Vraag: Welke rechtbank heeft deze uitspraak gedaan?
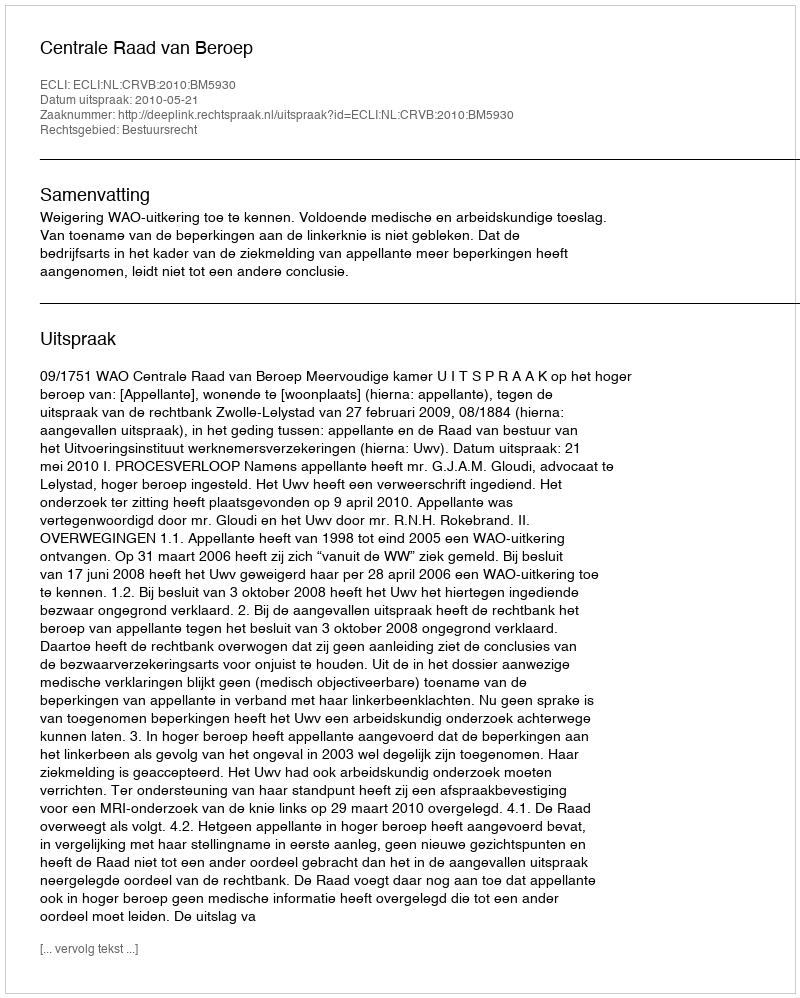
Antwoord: Centrale Raad van Beroep